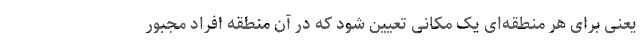
یعنی برای هر منطقه‌ای یک مکانی تعیین شود که در آن منطقه افراد مجبور